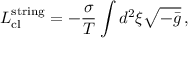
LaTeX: L _ { \mathrm { c l } } ^ { \mathrm { s t r i n g } } = - \frac { \sigma } { T } \int d ^ { 2 } \xi \sqrt { - \bar { g } } \, ,